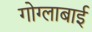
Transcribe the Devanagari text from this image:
गोग्लाबाई